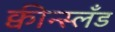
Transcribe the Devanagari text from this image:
क्वीन्स्लँड